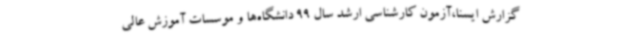
گزارش ایسنا،آزمون کارشناسی ارشد سال 99 دانشگاه‌ها و موسسات آموزش عالی